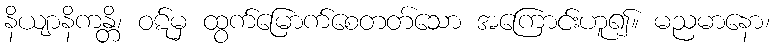
နိယျာနိကန္တိ၊ ဝဋ်မှ ထွက်မြောက်စေတတ်သော အကြောင်းဟူ၍။ မညမာနော၊